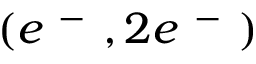
( e ^ { \mathrm { ~ - ~ } } , 2 e ^ { \mathrm { ~ - ~ } } )